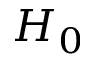
H _ { 0 }